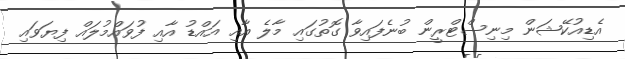
އެޑިއުކޭޝަން މިނިސްޓްރީން ބުނެފައިވާ ގޮތުގައި މާލެ އާއި އައްޑު އާއި ފުވައްމުލައް ފިޔަވައި